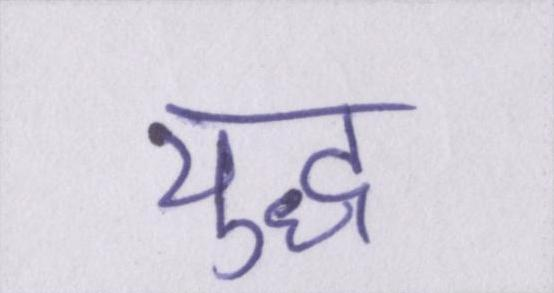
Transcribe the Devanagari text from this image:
युध्द